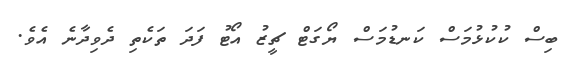
ބިސް ކުކުޅުމަސް ކަނޑުމަސް ޔޯގަޓް ޗީޒު އޯޓު ފަދަ ތަކެތި ދެވިދާނެ އެވެ.